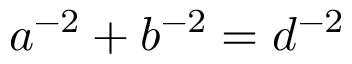
a ^ { - 2 } + b ^ { - 2 } = d ^ { - 2 }